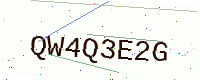
Text: QW4Q3E2G